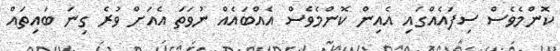
ކޮންމެވެސް ސިފައެއްގައި އެއިން ކޮންމެވެސް އެއްބައެއް ނުވަތަ އެއަށް ވުރެ ގިނަ ބައިތައް